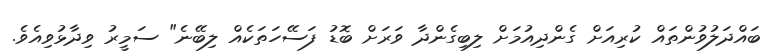
ބައްދަލުވުންތައް ކުރިއަށް ގެންދިއުމަށް ލިބިގެންދާ ވަރަށް ބޮޑު ފަސޭހަތަކެއް ލިބޭނެ" ސަމީރު ވިދާޅުވިއެވެ.